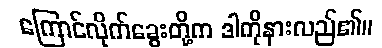
ကြောင်လိုက်ခွေးတို့က ဒါကိုနားလည်၏။